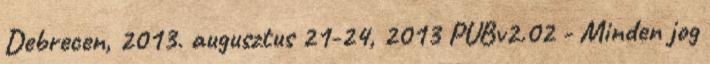
Debrecen, 2013. augusztus 21-24, 2013 PUBv2.02 - Minden jog